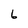
Character: 6